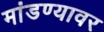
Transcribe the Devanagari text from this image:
मांडण्यावर